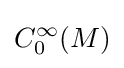
C_{0}^{\infty }(M)